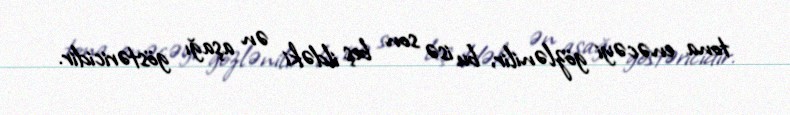
tona enəcəyi gözlənilir, bu isə son beş ildəki ən aşağı göstəricidir.